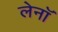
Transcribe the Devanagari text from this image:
लेनॉ